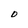
Character: D